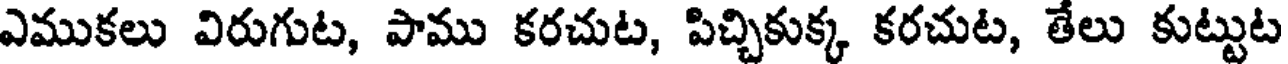
ఎముకలు విరుగుట, పాము కరచుట, పిచ్చికుక్క కరచుట, తేలు కుట్టుట